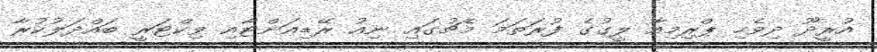
އުރީދޫ ދިވެހި ޕްރިމިއާ ލީގުގެ ފުރަތަމަ މެޗުގައި ނިއު ރޭޑިއަންޓާއި ވިކްޓަރީ ބައްދަލުކުރާ